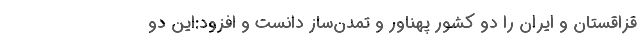
قزاقستان و ایران را دو کشور پهناور و تمدن‌ساز دانست و افزود:این دو